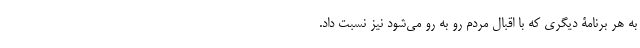
به هر برنامۀ دیگری که با اقبال مردم رو به رو می‌شود نیز نسبت داد.